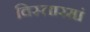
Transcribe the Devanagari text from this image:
विस्तारमां